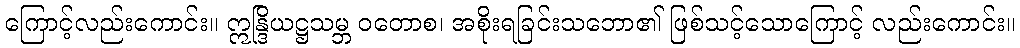
ကြောင့်လည်းကောင်း။ ဣန္ဒြိယဋ္ဌသမ္ဘ ဝတောစ၊ အစိုးရခြင်းသဘော၏ ဖြစ်သင့်သောကြောင့် လည်းကောင်း။